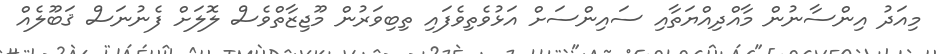
މިއަދު އިންސާނުން މާއްދިއްޔަތާއި ސައިންސަށް އަޅުވެތިވެފައި ތިބިވަރުން މޫޖިޒާތްވެސް ލޮލަށް ފެނުނަސް ޤަބޫލެއް